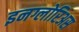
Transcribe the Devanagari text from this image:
इनग्लोरिअस